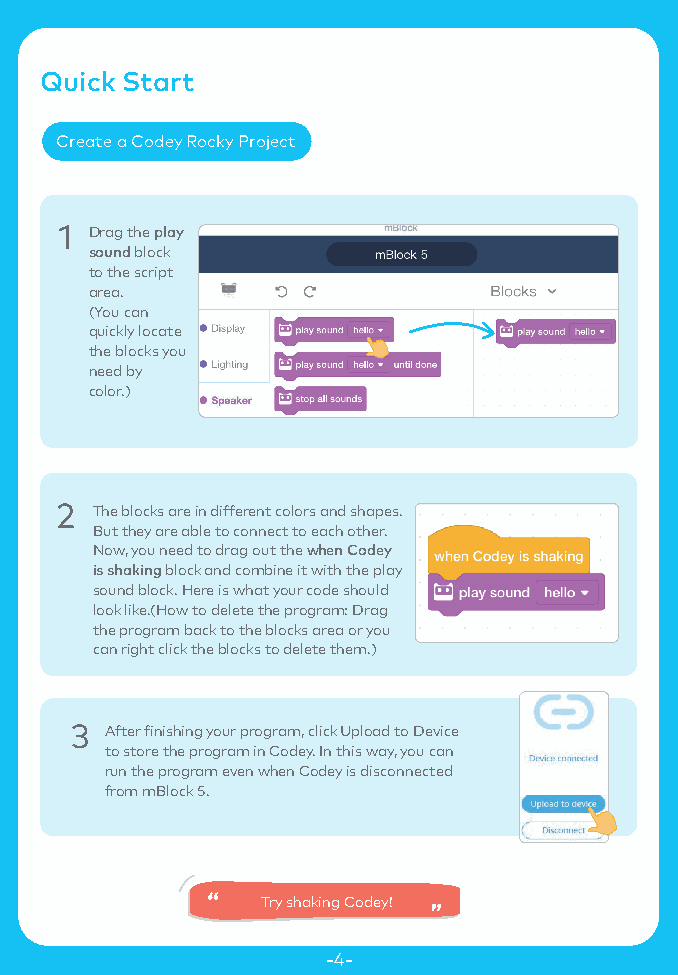
Quick Start
 Create a Codey Rocky Project
 Drag the play
 sound block
 to the script
 area.
 (You can
 quickly locate
 the blocks you
 need by
 color.)
 The blocks are in different colors and shapes.
 But they are able to connect to each other.
 Now, you need to drag out the when Codey
 is shaking block and combine it with the play
 sound block. Here is what your code should
 look like.(How to delete the program: Drag
 the program back to the blocks area or you
 can right click the blocks to delete them.)
 3 After finishing your program, click Upload to Device
 to store the program in Codey. In this way, you can
 run the program even when Codey is disconnected
 from mBlock 5.
 Try shaking Codey!
 -4-